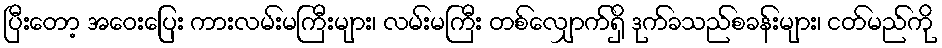
ပြီးတော့ အဝေးပြေး ကားလမ်းမကြီးများ၊ လမ်းမကြီး တစ်လျှောက်ရှိ ဒုက်ခသည်စခန်းများ၊ ငတ်မည်ကို